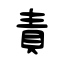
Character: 責